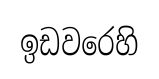
ඉඩවරෙහි